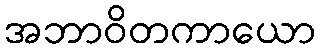
အဘာဝိတကာယော